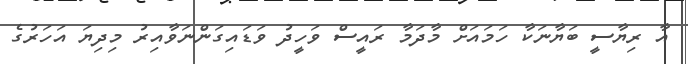
އާ ރިޔާސީ ބަޔާނަކާ ހަމައަށް މާދަމާ ރައީސް ވަހީދު ވަޑައިގަންނަވާއިރު މިދިޔަ އަހަރުގެ